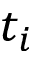
t _ { i }